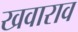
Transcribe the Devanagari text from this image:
खवाराव